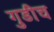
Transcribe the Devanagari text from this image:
गुडीच